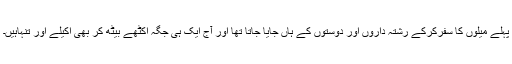
پہلے میلوں کا سفرکرکے رشتہ داروں اور دوستوں کے ہاں جایا جاتا تھا اور آج ایک ہی جگہ اکٹھے بیٹھ کر بھی اکیلے اور تنہاہیں۔